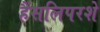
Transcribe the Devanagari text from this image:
हैंसलिपरशे